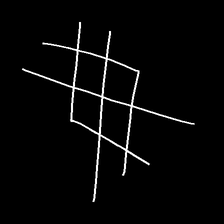
Glyph: crystal